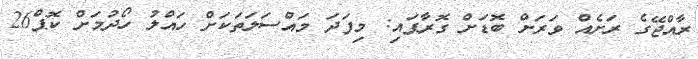
ރާއްޖޭގެ ރަށެއް ވަރަށް ބޮޑަށް ގޮރާފައި: މިފަދަ މައްސަލަތަކަށް ހައްލު ހޯދުމަށް ކޮޕް26